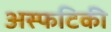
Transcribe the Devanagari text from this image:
अस्फटिकी